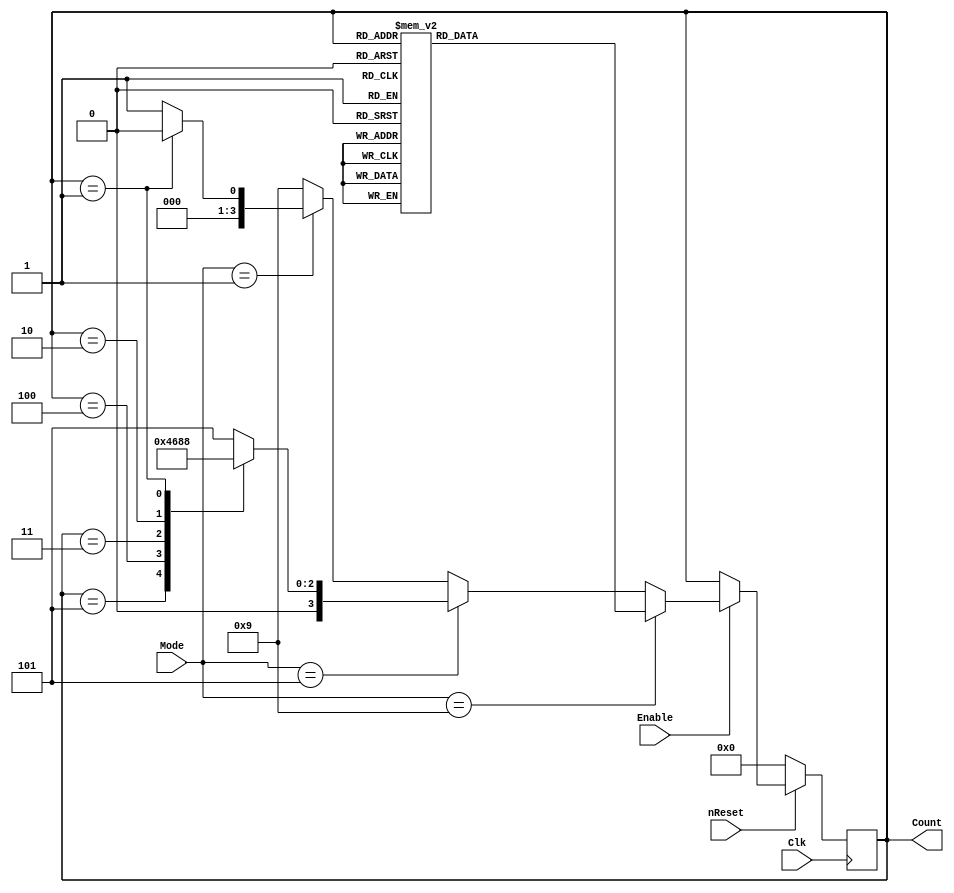
/**************************************************
*	Class: 				CpE 3101L
*	Group/Schedule: 	Group 6 Wed 9:00AM-12NN
*	Description:		HDL Design Entry File
**************************************************/

module ComplexCounter_4Bit(
	input wire			Clk, nReset, Enable,
	input wire [3:0]  Mode, 
	output reg [3:0]	Count
);

	reg [3:0]	cState, nState;
	
	always @ (posedge Clk)
	begin
		if (!nReset)
			cState = 4'b0000;
		else
			cState <= nState;
	end
	
	always @ (*)
	begin
		if (Enable)
			begin
				if (Mode == 4'b1001)
					begin
						case (cState)
							4'b1001 : nState = 4'b1000;  //9
							4'b1000 : nState = 4'b0111;  //8
							4'b0111 : nState = 4'b0110;  //7
							4'b0110 : nState = 4'b0101;  //6
							4'b0101 : nState = 4'b0100;  //5
							4'b0100 : nState = 4'b0011;  //4
							4'b0011 : nState = 4'b0010;  //3
							4'b0010 : nState = 4'b0001;  //2
							4'b0001 : nState = 4'b0000;  //1
							default : nState = 4'b1001;  //0 -> 9
						endcase
					end
				else if (Mode == 4'b0101)
					begin
						case (cState)
							4'b0101 : nState = 4'b0100;  //5
							4'b0100 : nState = 4'b0011;  //4
							4'b0011 : nState = 4'b0010;  //3
							4'b0010 : nState = 4'b0001;  //2
							4'b0001 : nState = 4'b0000;  //1
							default : nState = 4'b0101;  //0 -> 5
						endcase
					end
				else if (Mode == 4'b0001)
					begin
						case (cState)
							4'b0001 : nState = 4'b0000;  //1
							default : nState = 4'b0001;  //0 -> 1
						endcase 
					end
				else
					begin
						if(Mode == 4'b0101)
							nState = 4'b0101;
						else if(Mode == 4'b0001)
							nState = 4'b0001;
						else 
							nState = 4'b1001;
					end
			end
		else
			nState = cState;
	end
	
	always @ (*)
		begin
				Count <= cState;
		end
	
endmodule